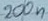
Text: 200n